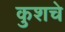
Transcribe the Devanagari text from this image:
कुशचे